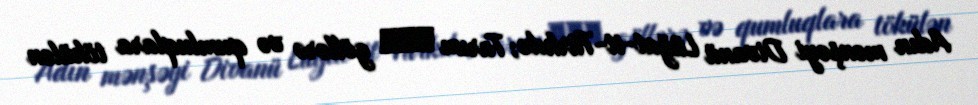
Adın mənşəyi Divanü Lüğat-it-Türkdə; Tarım ترم göllərə və qumluqlara tökülən